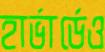
হার্ভার্ডেও